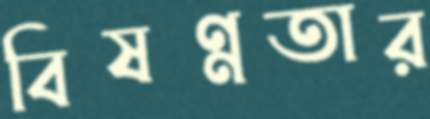
বিষণ্নতার